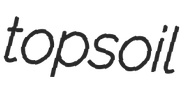
topsoil